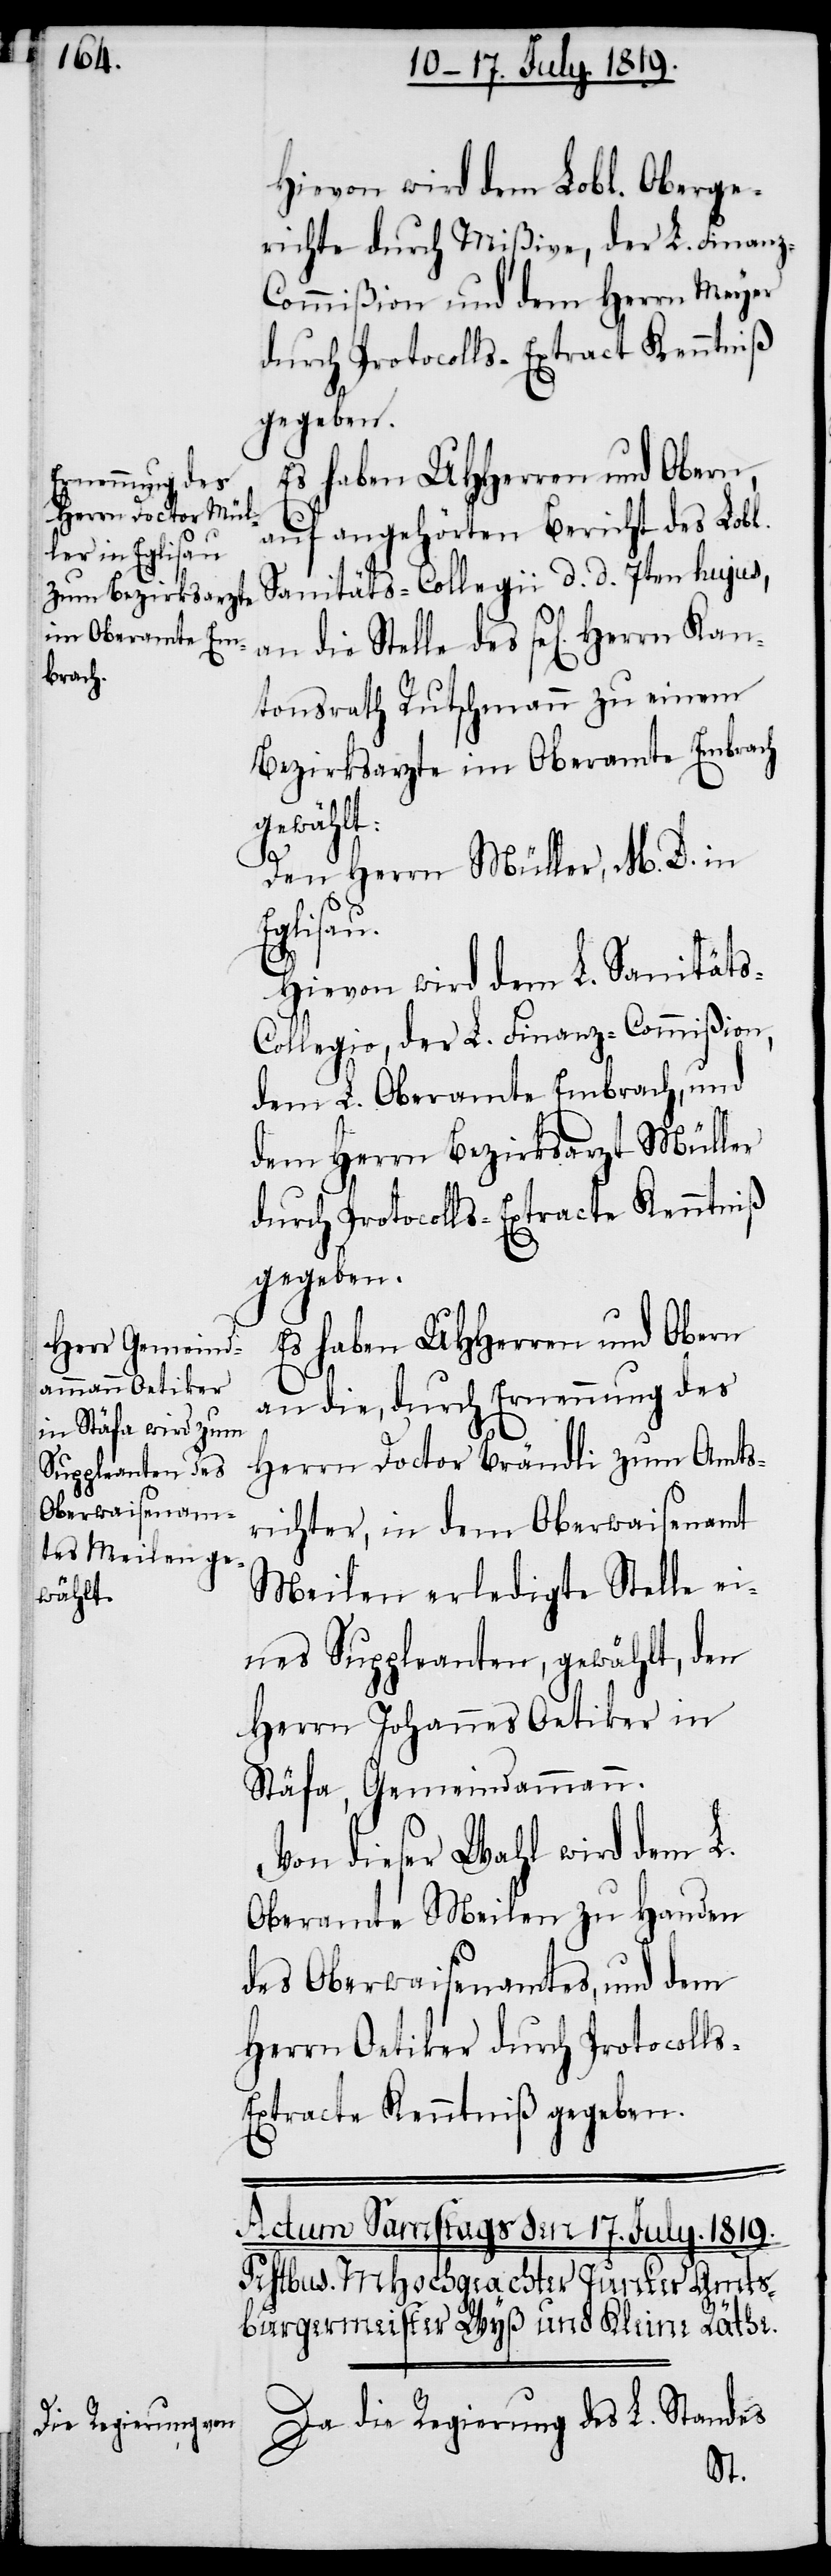
s-C¬

Hievon wird dem Lobl. Oberge¬
richte durch Mißive, der L. Finan¬
z-Commißion und dem Herrn Meyer
durch Protocolls-Extract Kenntniß
gegeben.
Es haben UHHerren und Obern,
auf angehörten Bericht des Lobl.
Sanitäts-Collegii d. d. 7ten hujus,
an die Stelle des sel[igen] Herrn
tonsrath Rutschmann zu einem
Bezirksarzte im Oberamte Embrach
gewählt:
Den Herrn Müller, M. D. in
Eglisau.
Hievon wird dem L. Sanität¬
ollegio, der L. Finanz-Commißion,
dem L. Oberamte Embrach, und
dem Herrn Bezirksarzt Müller
durch Protocolls-Extracte Kenntniß
gegeben.
Es haben UHHerren und Obern
an die, durch Ernennung des
Herrn Doctor Brändli zum Amts¬
richter, in dem Oberwaisenamt
Meilen erledigte Stelle ei¬
nes Suppleanten, gewählt, den
Herrn Johannes Oetiker in
Stäfa, Gemeindammann.
Von dieser Wahl wird dem L.
Oberamte Meilen zu Handen
des Oberwaisenamtes, und dem
Herrn Oetiker durch Protocoll¬
s-Extracte Kenntniß gegeben.
Da die Regierung des L. Standes